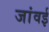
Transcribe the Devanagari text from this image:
जांवई